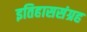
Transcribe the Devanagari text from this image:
इतिहाससंग्रह